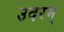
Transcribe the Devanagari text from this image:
उदरम्